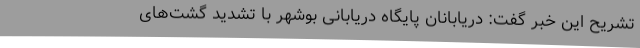
تشریح این خبر گفت: دریابانان پایگاه دریابانی بوشهر با تشدید گشت‌های